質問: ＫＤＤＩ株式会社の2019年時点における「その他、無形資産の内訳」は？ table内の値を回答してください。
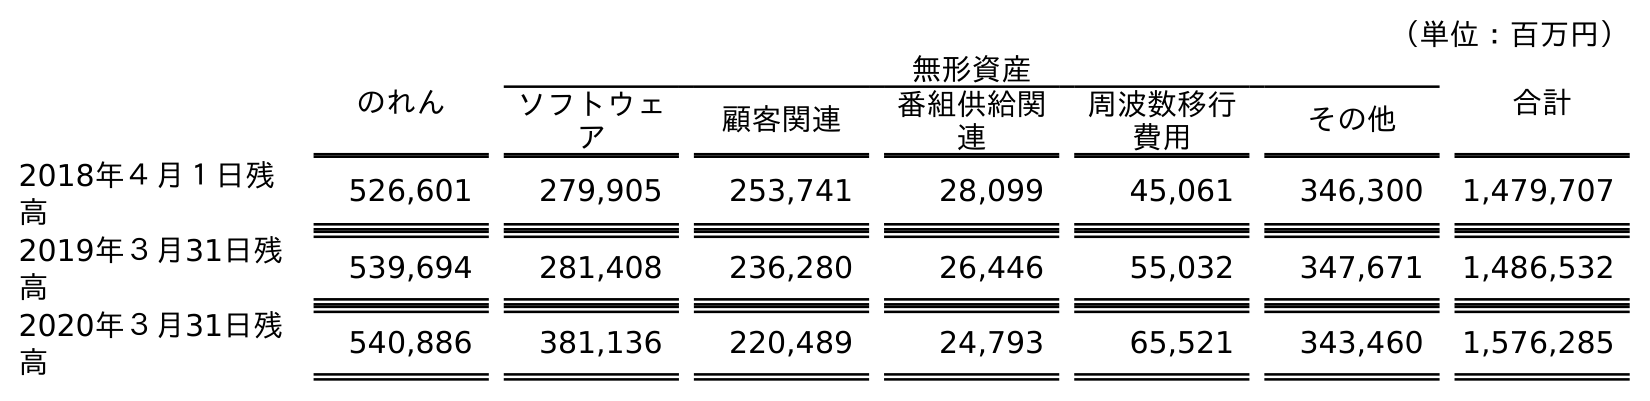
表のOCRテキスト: （単位：百万円） のれん 無形資産 合計 ソフトウェ ア 顧客関連 番組供給関 連 周波数移行 費用 その他 2018年４月１日残 高 526,601 279,905 253,741 28,099 45,061 346,300 1,479,707 2019年３月31日残 高 539,694 281,408 236,280 26,446 55,032 347,671 1,486,532 2020年３月31日残 高 540,886 381,136 220,489 24,793 65,521 343,460 1,576,285
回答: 347,671